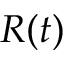
R ( t )